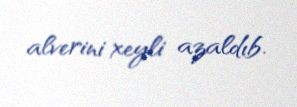
alverini xeyli azaldıb.